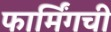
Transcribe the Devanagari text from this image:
फार्मिंगची